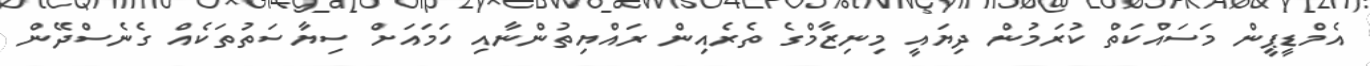
އެމްޑީޕީން މަސައްކަތް ކުރަމުން ދިޔައީ މިނިޒާމްގެ ތެރެއިން ރައްޔިތުންނާއި ހަމައަށް ސިޔާސަތުތަކެއް ގެނެސްދޭން